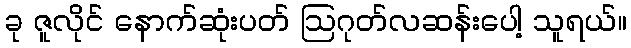
ခု ဇူလိုင် နောက်ဆုံးပတ် ဩဂုတ်လဆန်းပေါ့ သူရယ်။